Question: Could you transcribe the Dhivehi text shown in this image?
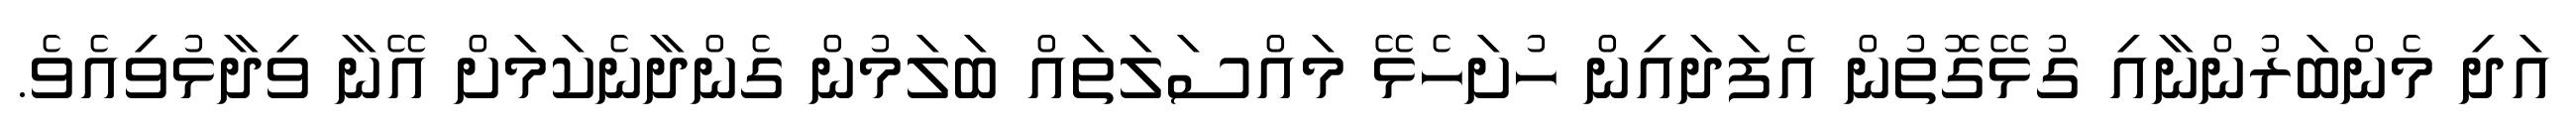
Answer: އަދި މެންބަރުންނާއި ގުޅޭގޮތުން އެފަދައިން ހުށަހެޅޭ މައްސަލަތައް ބަލަމުން ގެންދާނެކަމަށް އޭނާ ވިދާޅުވިއެވެ.